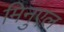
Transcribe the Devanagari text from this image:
मिनुएल